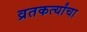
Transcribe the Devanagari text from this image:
व्रतकर्त्यांचा